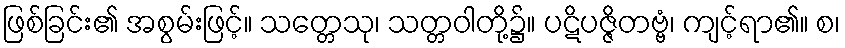
ဖြစ်ခြင်း၏ အစွမ်းဖြင့်။ သတ္တေသု၊ သတ္တဝါတို့၌။ ပဋိပဇ္ဇိတဗ္ဗံ၊ ကျင့်ရာ၏။ စ၊